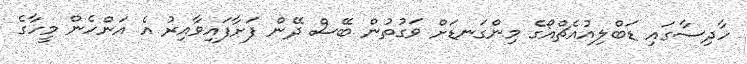
ހާދިސާގައި ޑަބްލިއުއެޗްއޯގެ މިންގަނޑަށް ވަގުތުން ބޭސް ދޭން ފަށާފައިވާއިރު އެ އަންހެން މީހާގެ